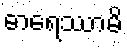
ဓာရေဿာမိ